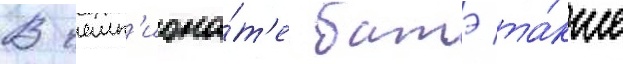
В чемп'иона́т'е батэ та́кже